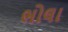
ભોલા